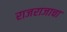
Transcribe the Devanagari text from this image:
राजराजाचा